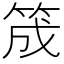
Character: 筬